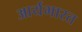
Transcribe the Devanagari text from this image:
आर्यभारत